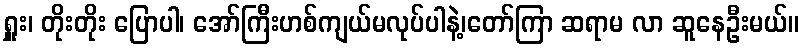
ရှူး၊ တိုးတိုး ပြောပါ၊ အော်ကြီးဟစ်ကျယ်မလုပ်ပါနဲ့၊တော်ကြာ ဆရာမ လာ ဆူနေဦးမယ်။